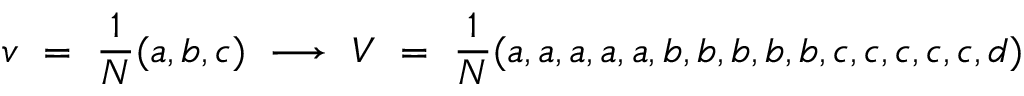
v \ = \ { \frac { 1 } { N } } ( a , b , c ) \ \longrightarrow \ V \ = \ { \frac { 1 } { N } } ( a , a , a , a , a , b , b , b , b , b , c , c , c , c , c , d )